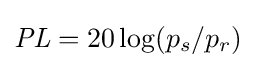
{\mathit {PL}}=20\log(p_{s}/p_{r})